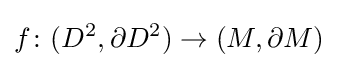
f\colon (D^{2},\partial D^{2})\to (M,\partial M)